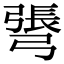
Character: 𢐓